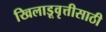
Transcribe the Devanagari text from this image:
खिलाडूवृत्तीसाठी